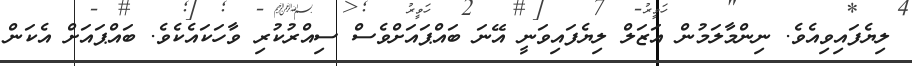
ލިޔެފައިވިއެވެ. ނިންމާލަމުން އަޒަލް ލިޔެފައިވަނީ އޭނަ ބައްޕައަށްވެސް ސިއްރުކުރި ވާހަކައެކެވެ. ބައްޕައަށް އެކަން